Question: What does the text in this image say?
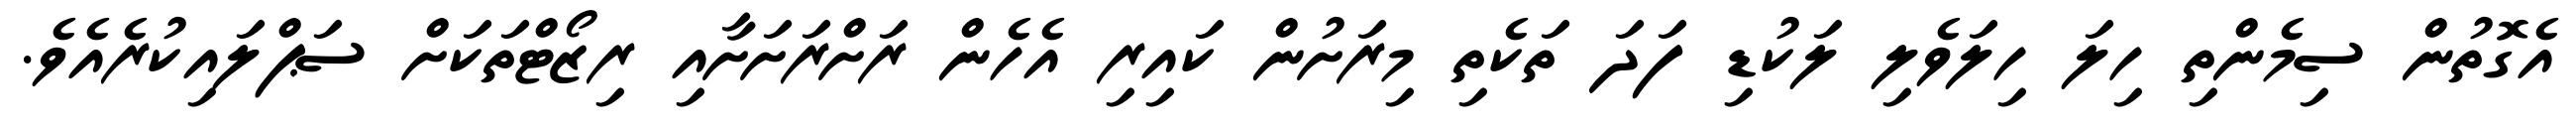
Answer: އެގޮތުން ސިމެންތި ހިލަ ހިލަވެލި ލަކުޑި ފަދަ ތަކެތި މިރަށުން ކައިރި އެހެން ރަށްރަށަށާއި ރިޒޯޓްތަކަށް ސަޕްލައިކުރެއެވެ.